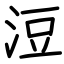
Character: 浢